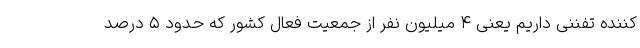
کننده تفننی داریم یعنی ۴ میلیون نفر از جمعیت فعال کشور که حدود ۵ درصد